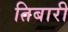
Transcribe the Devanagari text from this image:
तिबारी